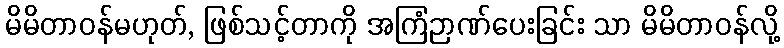
မိမိတာဝန်မဟုတ်, ဖြစ်သင့်တာကို အကြံဉာဏ်ပေးခြင်း သာ မိမိတာဝန်လို့